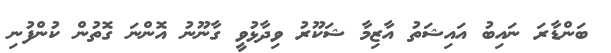
ބަންޑާރަ ނައިބު އައިޝަތު އާޒިމާ ޝަކޫރު ވިދާޅުވީ ގާނޫނު އޮންނަ ގޮތުން ކުންފުނި